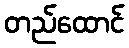
တည်ထောင်